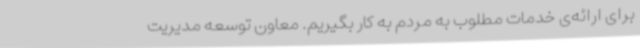
برای ارائه‌ی خدمات مطلوب به مردم به کار بگیریم. معاون توسعه مدیریت